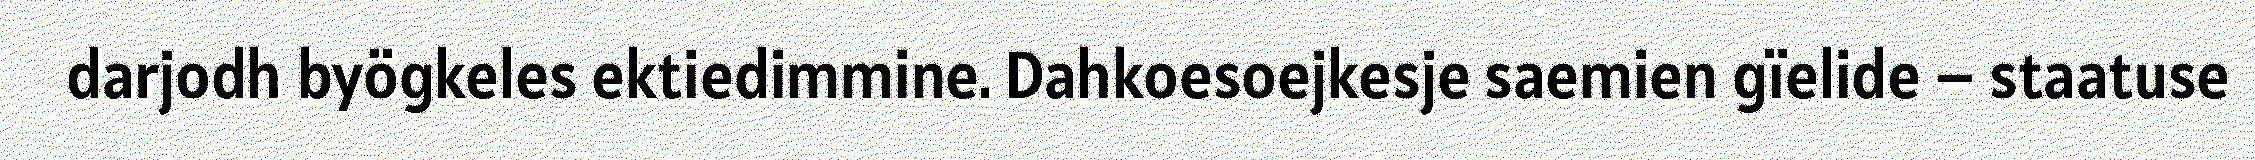
darjodh byögkeles ektiedimmine. Dahkoesoejkesje saemien gïelide – staatuse